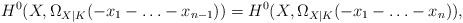
LaTeX: \begin{align*}H^0 (X,\Omega _{X|K} (-x_1 -\ldots -x_{n-1}))=H^0 (X,\Omega _{X|K} (-x_1 -\ldots -x_n )),\end{align*}